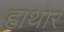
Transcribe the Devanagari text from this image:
हाथोर